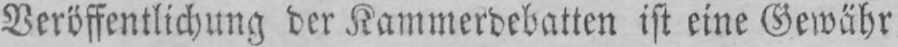
Veröffentlichung der Kammerdebatten ist eine Gewähr